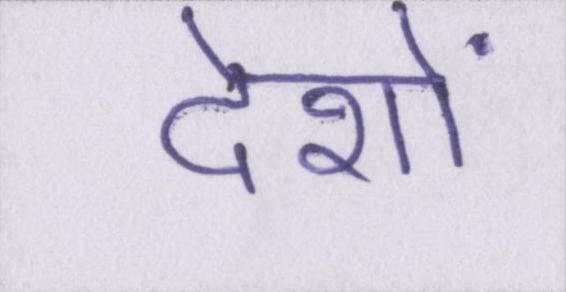
देशों